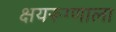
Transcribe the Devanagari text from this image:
क्षयरूग्णाला